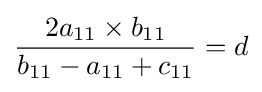
{2a_{11}\times b_{11} \over b_{11}-a_{11}+c_{11}}=d